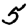
Digit: 5